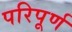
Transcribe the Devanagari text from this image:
परिपूर्ण